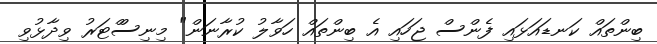
ބިންތައް ކަނޑައަޅައި ފެންސް ޖަހައި އެ ބިންތައް ހަވާލު ކުރާނަން" މިނިސްްޓަރު ވިދާޅުވި